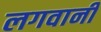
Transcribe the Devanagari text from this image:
लगवानी